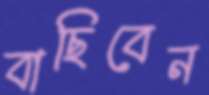
বাছিবেন